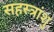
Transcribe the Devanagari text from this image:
सहस्त्रांशु